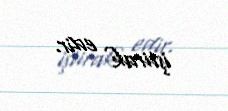
iştirak edir.